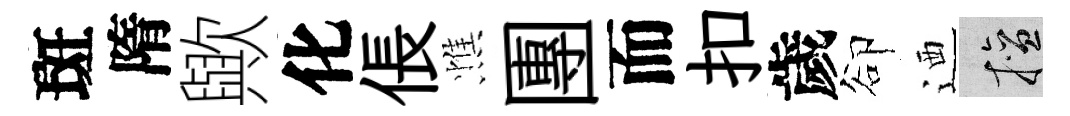
斑隋歟化倀憔團而扣歲卻迺擅